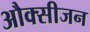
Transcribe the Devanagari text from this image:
औक्सीजन